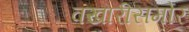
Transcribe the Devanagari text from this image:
वखारीसमोर